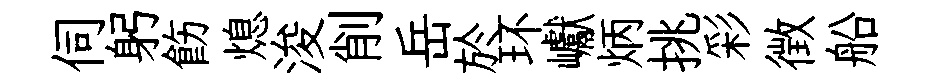
伺躬飭熄浚削岳於环巘炳挑彩徴船